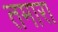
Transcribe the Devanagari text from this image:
तमारा